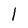
Character: 1